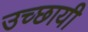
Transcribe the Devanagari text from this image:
उच्छायी